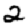
Digit: 2